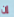
إن